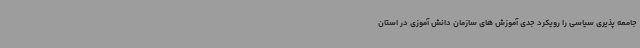
جامعه پذیری سیاسی را رویکرد جدی آموزش های سازمان دانش آموزی در استان